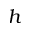
h